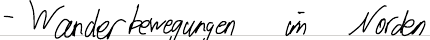
- Wanderbewegungen im Norden